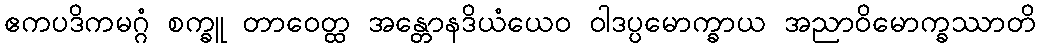
ဧကပဒိကမဂ္ဂံ စက္ခူ တာဝေတ္ထ အန္တောနဒိယံယေဝ ဝါဒပ္ပမောက္ခာယ အညာဝိမောက္ခဿာတိ